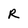
Character: R